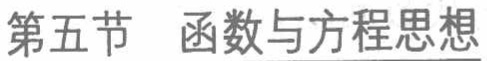
第五节 函数与方程思想